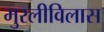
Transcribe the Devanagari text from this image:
मुरलीविलास